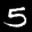
Label: 5